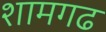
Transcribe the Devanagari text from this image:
शामगढ